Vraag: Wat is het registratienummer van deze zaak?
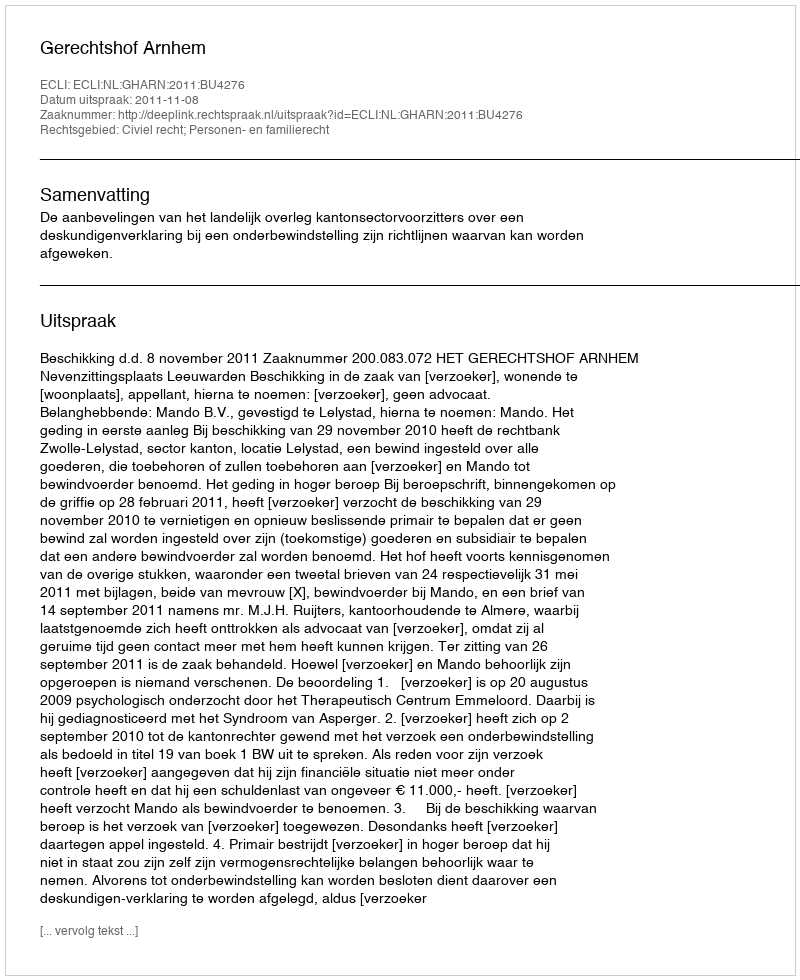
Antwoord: http://deeplink.rechtspraak.nl/uitspraak?id=ECLI:NL:GHARN:2011:BU4276